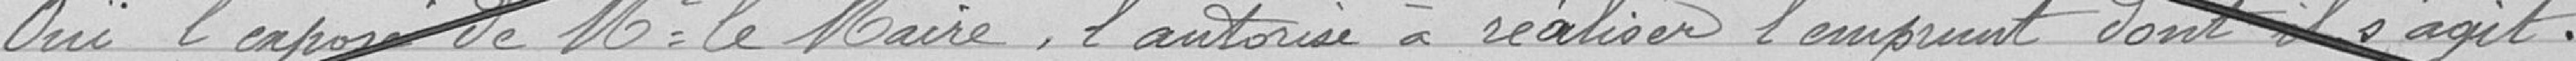
Ouï l'exposé de Monsieur le Maire, l'autorise à réaliser l'emprunt dont il s'agit.